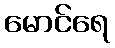
မောင်ရေ